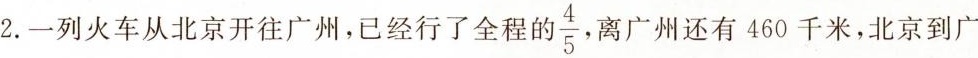
2. 一列火车从北京开往广州，已经行了全程的 \frac{4}{5}离广州还有 460 千米，北京到广